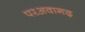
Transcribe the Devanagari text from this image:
परअवागढ़